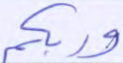
وربكم